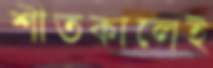
শীতকালেই